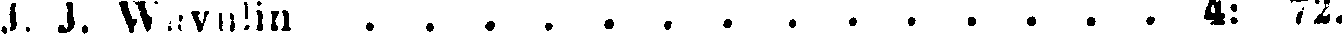
J. J. Wavulin 4: 72.